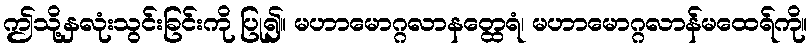
ဤသို့နှလုံးသွင်းခြင်းကို ပြု၍။ မဟာမောဂ္ဂလာနတ္ထေရံ၊ မဟာမောဂ္ဂလာန်မထေရ်ကို။